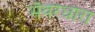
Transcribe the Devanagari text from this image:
भँवरधारा